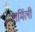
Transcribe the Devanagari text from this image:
शर्मिली